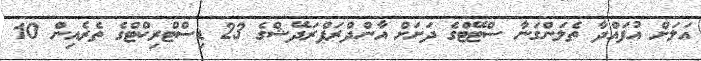
އަލަށް އުފައްދާ ތެލަންގަނާ ސްޓޭޓްގެ ދަށަށް އާންދްރަޕްރަދޭޝްގެ 23 ޑިސްޓްރިކްޓްގެ ތެރެއިން 10